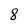
Character: 8